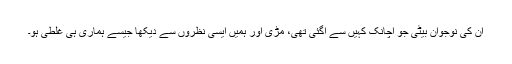
ان کی نوجوان بیٹی جو اچانک کہیں سے آگئی تھی، مڑی اور ہمیں ایسی نظروں سے دیکھا جیسے ہماری ہی غلطی ہو۔